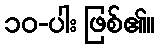
၁၀-ပါး ဖြစ်၏။